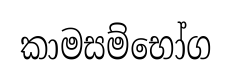
කාමසම්භෝග